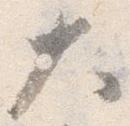
大